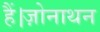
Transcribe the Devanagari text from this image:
हैं।ज़ोनाथन